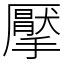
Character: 擪